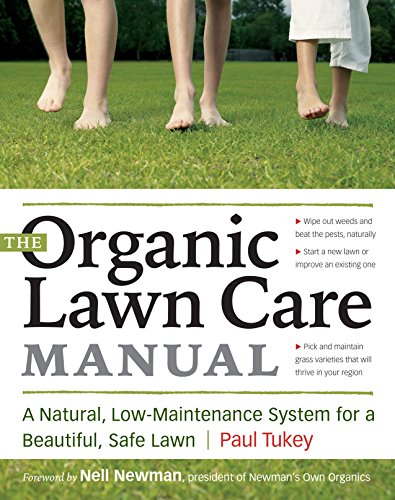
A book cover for The Organic Lawn Care Manual: A Natural, Low-Maintenance System for a Beautiful, Safe Lawn; Paul Tukey; Crafts, Hobbies & Home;